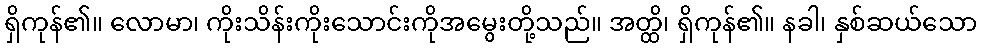
ရှိကုန်၏။ လောမာ၊ ကိုးသိန်းကိုးသောင်းကိုအမွေးတို့သည်။ အတ္ထိ၊ ရှိကုန်၏။ နခါ၊ နှစ်ဆယ်သော